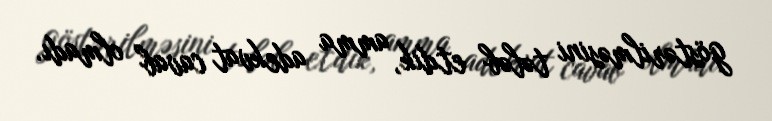
göstərilməsini tələb etdik, amma adekvat cavab olmadı.